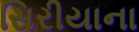
સિરીયાના